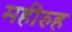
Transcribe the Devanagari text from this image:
महीरुह